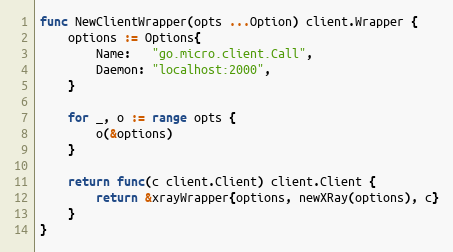
Language: Go
func NewClientWrapper(opts ...Option) client.Wrapper {
	options := Options{
		Name:   "go.micro.client.Call",
		Daemon: "localhost:2000",
	}

	for _, o := range opts {
		o(&options)
	}

	return func(c client.Client) client.Client {
		return &xrayWrapper{options, newXRay(options), c}
	}
}